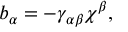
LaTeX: b _ { \alpha } = - \gamma _ { \alpha \beta } \chi ^ { \beta } ,